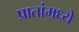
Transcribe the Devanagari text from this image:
प्रातांमध्ये